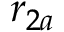
r _ { 2 a }